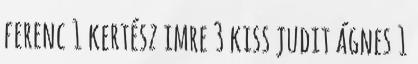
ferenc 1 kertész imre 3 kiss judit ágnes 1